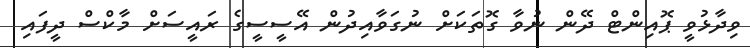
ވިދާޅުވީ ޕޮއިންޓް ދޭން ނުވާ ގޮތަކަށް ނުގަވާއިދުން އޭސީސީގެ ރައީސަށް މާކްސް ދީފައި